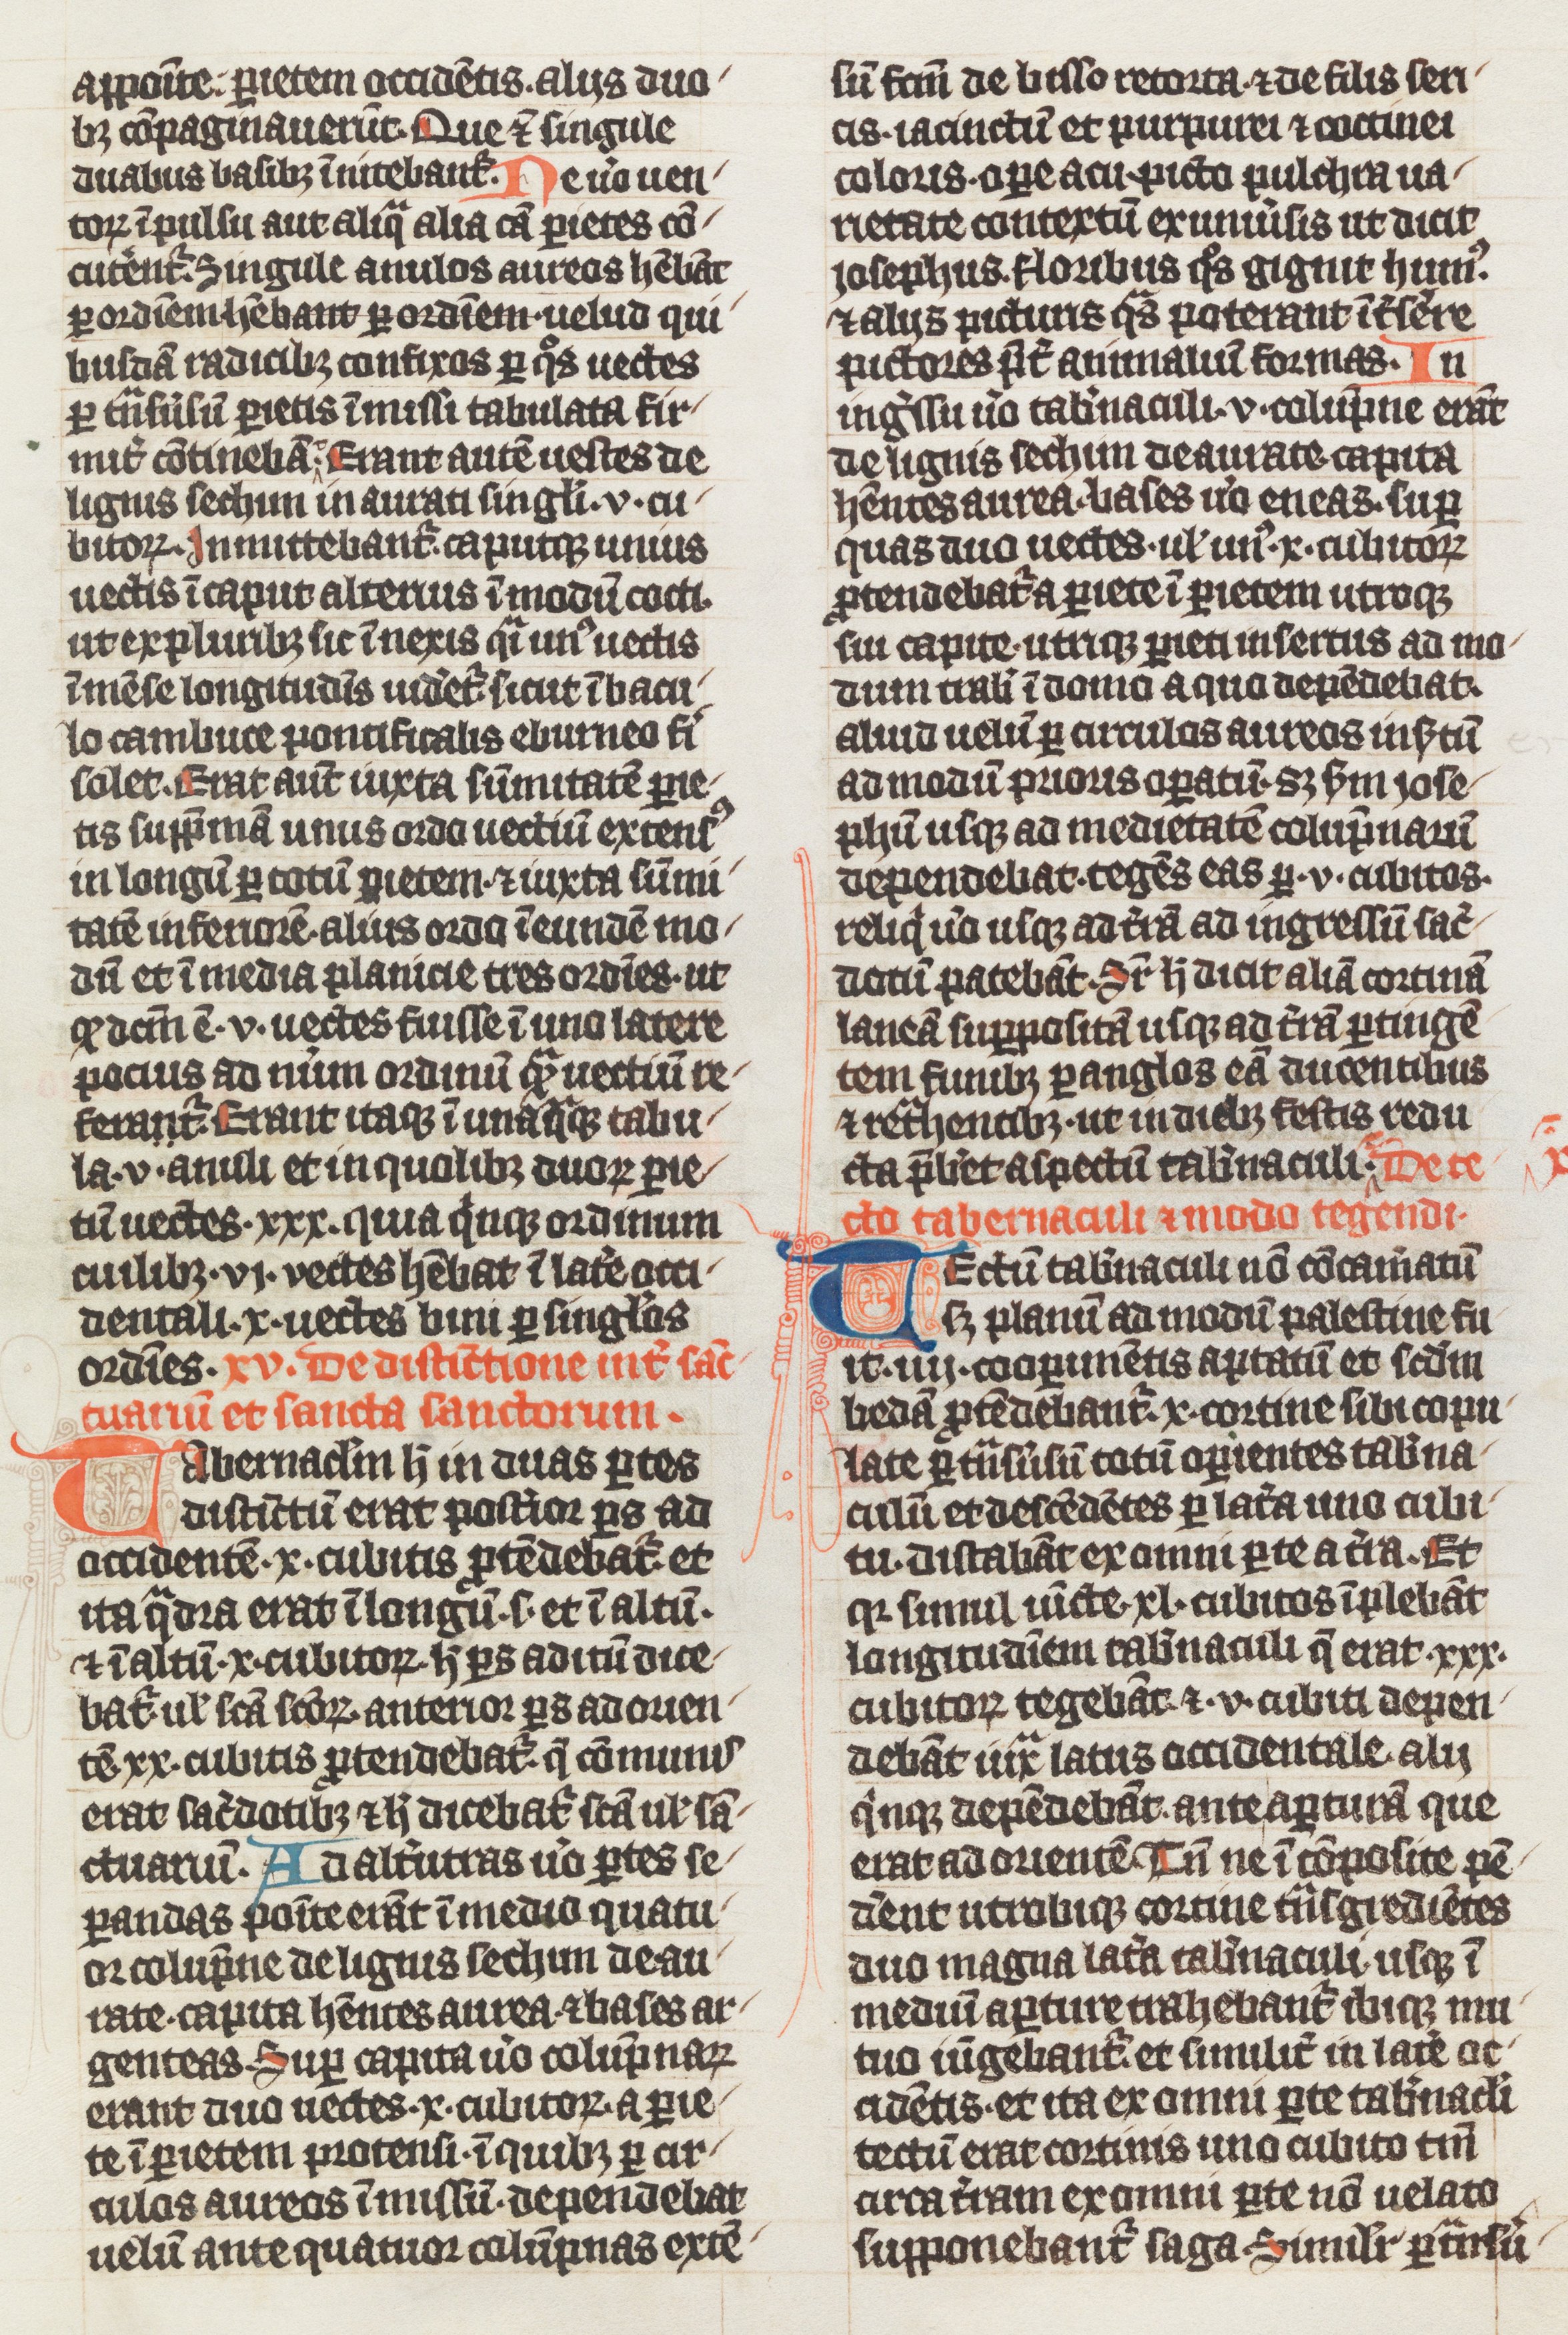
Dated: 1338–1338